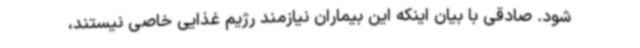
شود. صادقی با بیان اینکه این بیماران نیازمند رژیم غذایی خاصی نیستند،